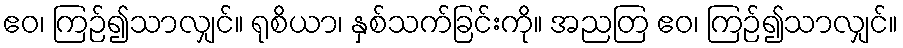
ဧဝ၊ ကြဉ်၍သာလျှင်။ ရုစိယာ၊ နှစ်သက်ခြင်းကို။ အညတြ ဧဝ၊ ကြဉ်၍သာလျှင်။